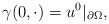
\begin{align*} \gamma(0, \cdot) = u^{0}|_{\partial \Omega}, \end{align*}